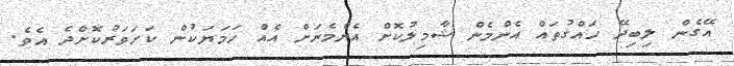
އޭގެން ލިބިދޭ ހައްގުތައް އެންމެން ޝާމިލުކޮށް އެންމެނަށް އެއް ހަމަޔަކުން ކަށަވަރުކޮށްދެ އެވެ.